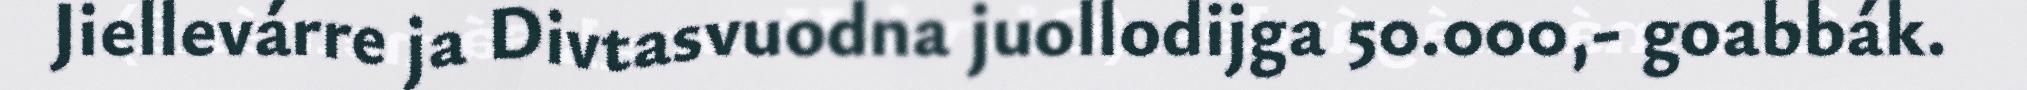
Jiellevárre ja Divtasvuodna juollodijga 50.000,- goabbák.